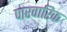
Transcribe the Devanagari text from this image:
पारवारिक